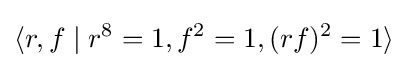
\langle r,f\mid r^{8}=1,f^{2}=1,(rf)^{2}=1\rangle